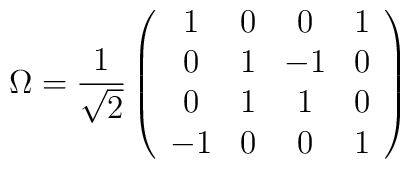
\Omega =\frac{1}{\sqrt{2}}\left( \begin{array}{cccc}1 & 0 & 0 & 1 \\ 0 & 1 & -1 & 0 \\ 0 & 1 & 1 & 0 \\ -1 & 0 & 0 & 1\end{array}\right)